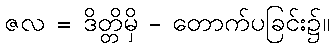
ဇလ = ဒိတ္တိမှိ - တောက်ပခြင်း၌။